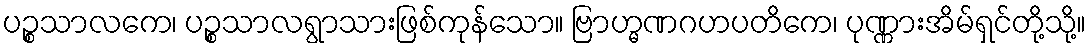
ပဉ္စသာလကေ၊ ပဉ္စသာလရွာသားဖြစ်ကုန်သော။ ဗြာဟ္မဏဂဟပတိကေ၊ ပုဏ္ဏားအိမ်ရှင်တို့သို့။